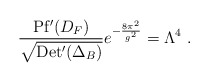
\begin{align*}\frac{{\rm Pf'}(D_F)}{\sqrt{{\rm Det'}(\Delta_B)}}e^{-\frac{8\pi^2}{g^2}} = \Lambda^4 ~.\end{align*}